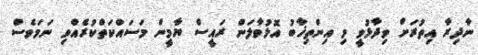
ނާދިރާ އިތުރަށް ވިދާޅުވީ މި އިންތިޚާބު އޮޅުވާލަން ރައީސް ޔާމީން މަސައްކަތްކުރެއްވި ނަމަވެސް